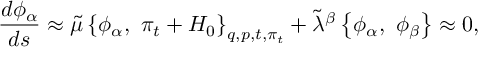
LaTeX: { \frac { d { \phi _ { \alpha } } } { d s } } \approx \tilde { \mu } \left\{ \phi _ { \alpha } , \ \pi _ { t } + H _ { 0 } \right\} _ { q , p , t , \pi _ { t } } + { \tilde { \lambda } } ^ { \beta } \left\{ \phi _ { \alpha } , \ \phi _ { \beta } \right\} \approx 0 ,